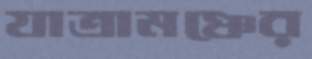
যাত্রামঞ্চের